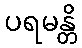
ပရမန္တိ